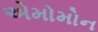
એમોમોન